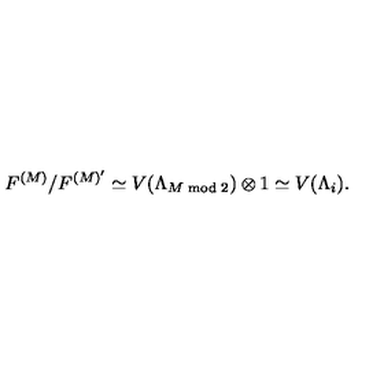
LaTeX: F ^ { ( M ) } / F ^ { ( M ) ^ { \prime } } \simeq V ( \Lambda _ { M \bmod 2 } ) \otimes 1 \simeq V ( \Lambda _ { i } ) .